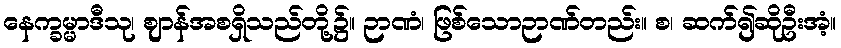
နေက္ခမ္မာဒီသု၊ ဈာန်အစရှိသည်တို့၌။ ဉာဏံ၊ ဖြစ်သောဉာဏ်တည်း။ စ၊ ဆက်၍ဆိုဦးအံ့။